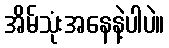
အိမ်သုံးအနေနဲ့ပါပဲ။